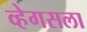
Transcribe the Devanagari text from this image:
व्हेगसला